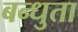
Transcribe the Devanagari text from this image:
बन्धुता